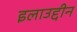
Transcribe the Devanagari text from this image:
इलाउद्दीन